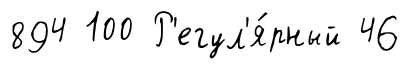
894 100 Р'егул'я́рный 46